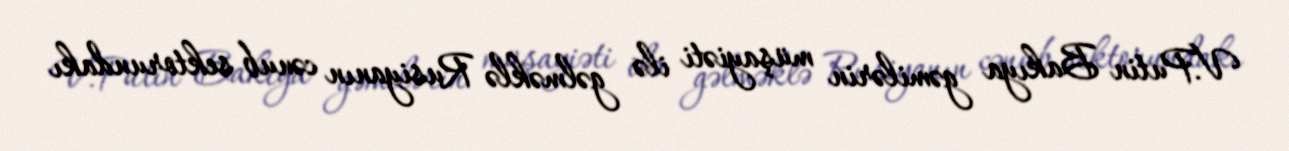
V.Putin Bakıya gəmilərin müşayiəti ilə gəlməklə Rusiyanın cənub sektorundakı